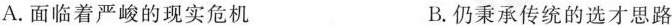
A.面临着严峻的现实危机 B.仍秉承传统的选才思路